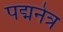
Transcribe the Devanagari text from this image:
पद्मनेत्र